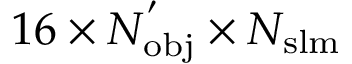
1 6 \times N _ { \mathrm { { o b j } } } ^ { ' } \times N _ { \mathrm { { s l m } } }